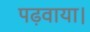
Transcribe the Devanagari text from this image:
पढ़वाया।